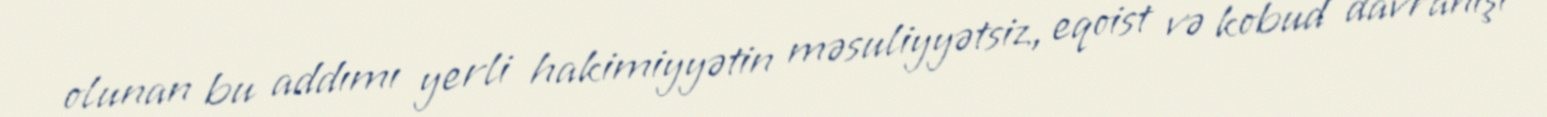
olunan bu addımı yerli hakimiyyətin məsuliyyətsiz, eqoist və kobud davranışı